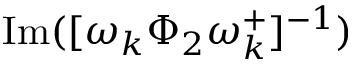
\operatorname { I m } ( [ \omega _ { k } \Phi _ { 2 } \omega _ { k } ^ { + } ] ^ { - 1 } )